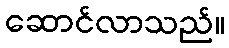
ဆောင်လာသည်။